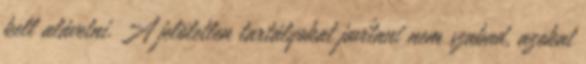
kell alávetni. A jelöletlen tartályokat javítani nem szabad, azokat